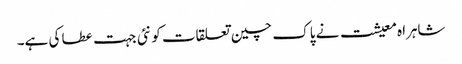
شاہراہ معیشت نے پاک چین تعلقات کو نئی جہت عطا کی ہے۔